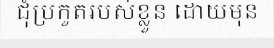
ជុំប្រកួតរបស់ខ្លួន ដោយមុន